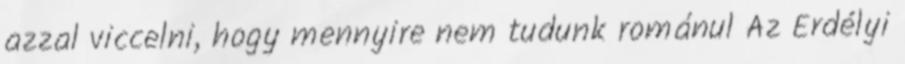
azzal viccelni, hogy mennyire nem tudunk románul Az Erdélyi